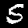
Label: 5